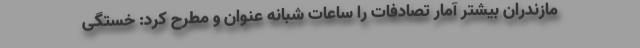
مازندران بیشتر آمار تصادفات را ساعات شبانه عنوان و مطرح کرد: خستگی